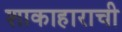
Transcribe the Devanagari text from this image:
शाकाहाराची